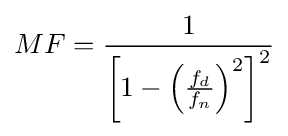
MF={\frac {1}{\left[1-\left({\frac {f_{d}}{f_{n}}}\right)^{2}\right]^{2}}}